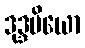
ဒုဒ္ဒမိယော